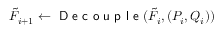
\tilde { F } _ { i + 1 } \gets \textsf { D e c o u p l e } ( \tilde { F } _ { i } , ( P _ { i } , Q _ { i } ) )